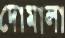
দোমালা